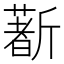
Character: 𣃈